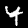
Label: 4